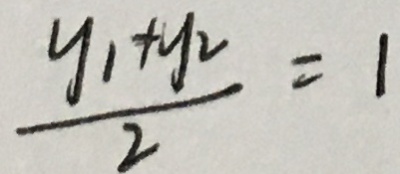
\frac { y _ { 1 } + y _ { 2 } } { 2 } = 1